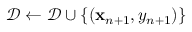
\mathcal { D } \leftarrow \mathcal { D } \cup \{ ( \mathbf { x } _ { n + 1 } , y _ { n + 1 } ) \}